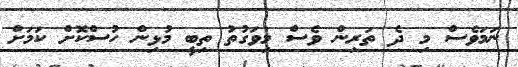
ނަމަވެސް މި ދެ ތަރިން ވެސް މިވަގުތު ތިބީ މުޅިން ހުސްކޮށް ކަމަށް